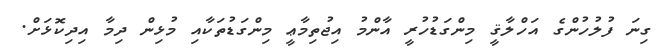
ގިނަ ފުލުހުންގެ އަހްލާޤީ މިންގަޑުހުރީ އާންމު އިޖުތިމާޢީ މިންގަޑުތަކާއި މުޅިން ދިމާ އިދިކޮޅަށް.